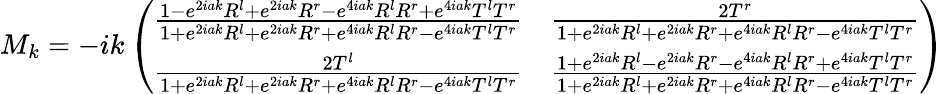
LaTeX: M_{k}=-ik\left(\begin{array}{ll}{{{\frac{1-e^{2iak}R^{l}+e^{2iak}R^{r}-e^{4iak}R^{l}R^{r}+e^{4iak}T^{l}T^{r}}{1+e^{2iak}R^{l}+e^{2iak}R^{r}+e^{4iak}R^{l}R^{r}-e^{4iak}T^{l}T^{r}}}}}&{{{\frac{2T^{r}}{1+e^{2iak}R^{l}+e^{2iak}R^{r}+e^{4iak}R^{l}R^{r}-e^{4iak}T^{l}T^{r}}}}}\\ {{{\frac{2T^{l}}{1+e^{2iak}R^{l}+e^{2iak}R^{r}+e^{4iak}R^{l}R^{r}-e^{4iak}T^{l}T^{r}}}}}&{{{\frac{1+e^{2iak}R^{l}-e^{2iak}R^{r}-e^{4iak}R^{l}R^{r}+e^{4iak}T^{l}T^{r}}{1+e^{2iak}R^{l}+e^{2iak}R^{r}+e^{4iak}R^{l}R^{r}-e^{4iak}T^{l}T^{r}}}}}\end{array}\right)